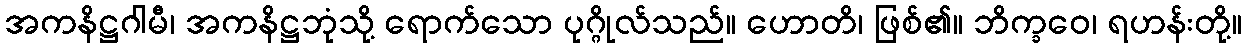
အကနိဋ္ဌဂါမီ၊ အကနိဋ္ဌဘုံသို့ ရောက်သော ပုဂ္ဂိုလ်သည်။ ဟောတိ၊ ဖြစ်၏။ ဘိက္ခဝေ၊ ရဟန်းတို့။